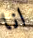
انا